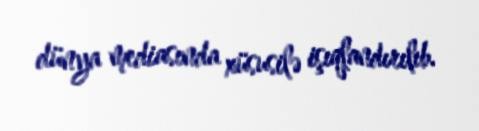
dünya mediasında xüsusilə işıqlandırılıb.